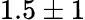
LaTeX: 1.5\pm 1